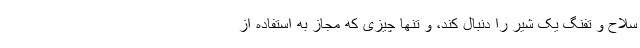
سلاح و تفنگ یک شیر را دنبال کند، و تنها چیزی كه مجاز به استفاده از